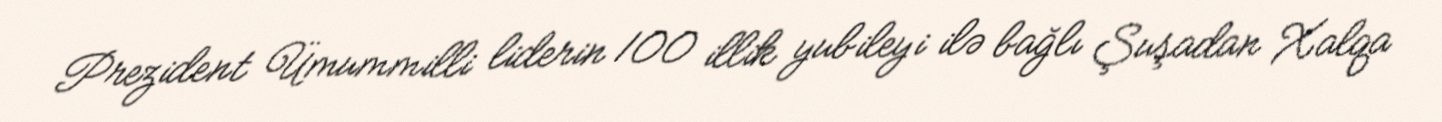
Prezident Ümummilli liderin 100 illik yubileyi ilə bağlı Şuşadan Xalqa